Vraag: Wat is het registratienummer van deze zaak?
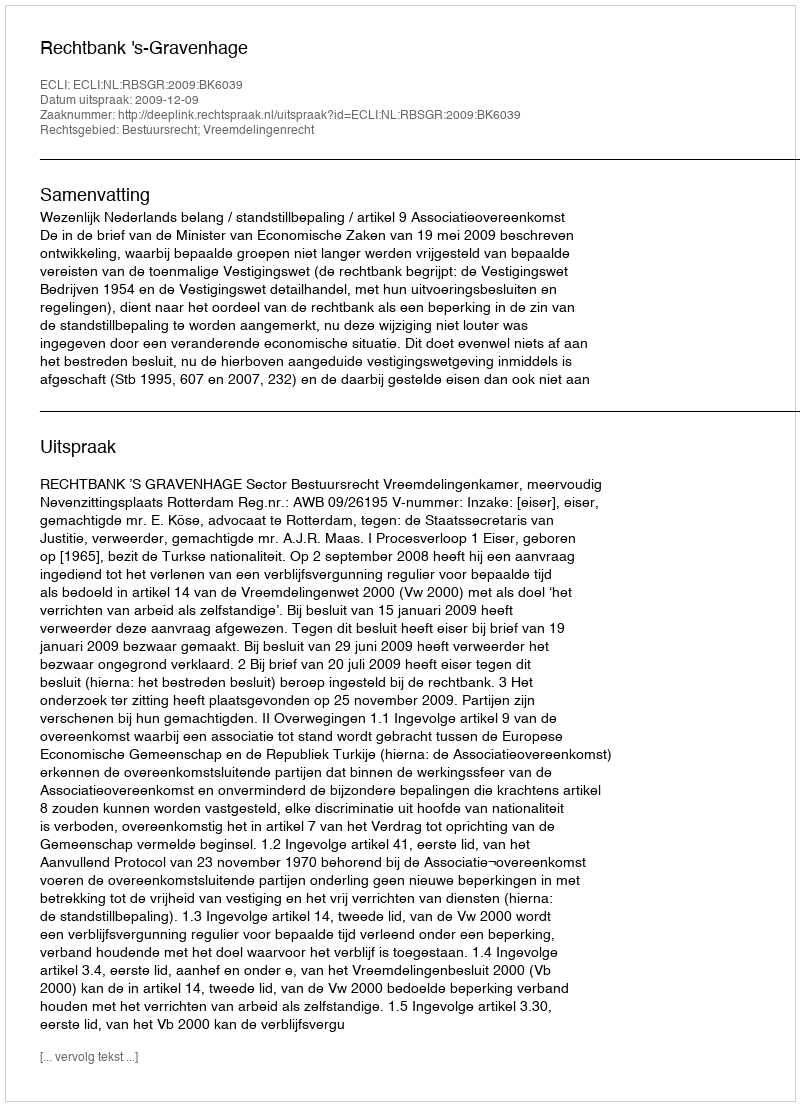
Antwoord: http://deeplink.rechtspraak.nl/uitspraak?id=ECLI:NL:RBSGR:2009:BK6039